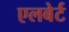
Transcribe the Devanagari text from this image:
एलबेर्ट